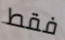
فقط